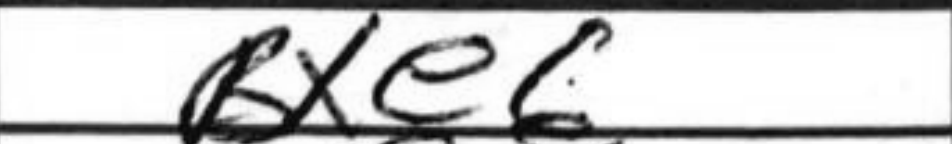
Transcription: Bxe6